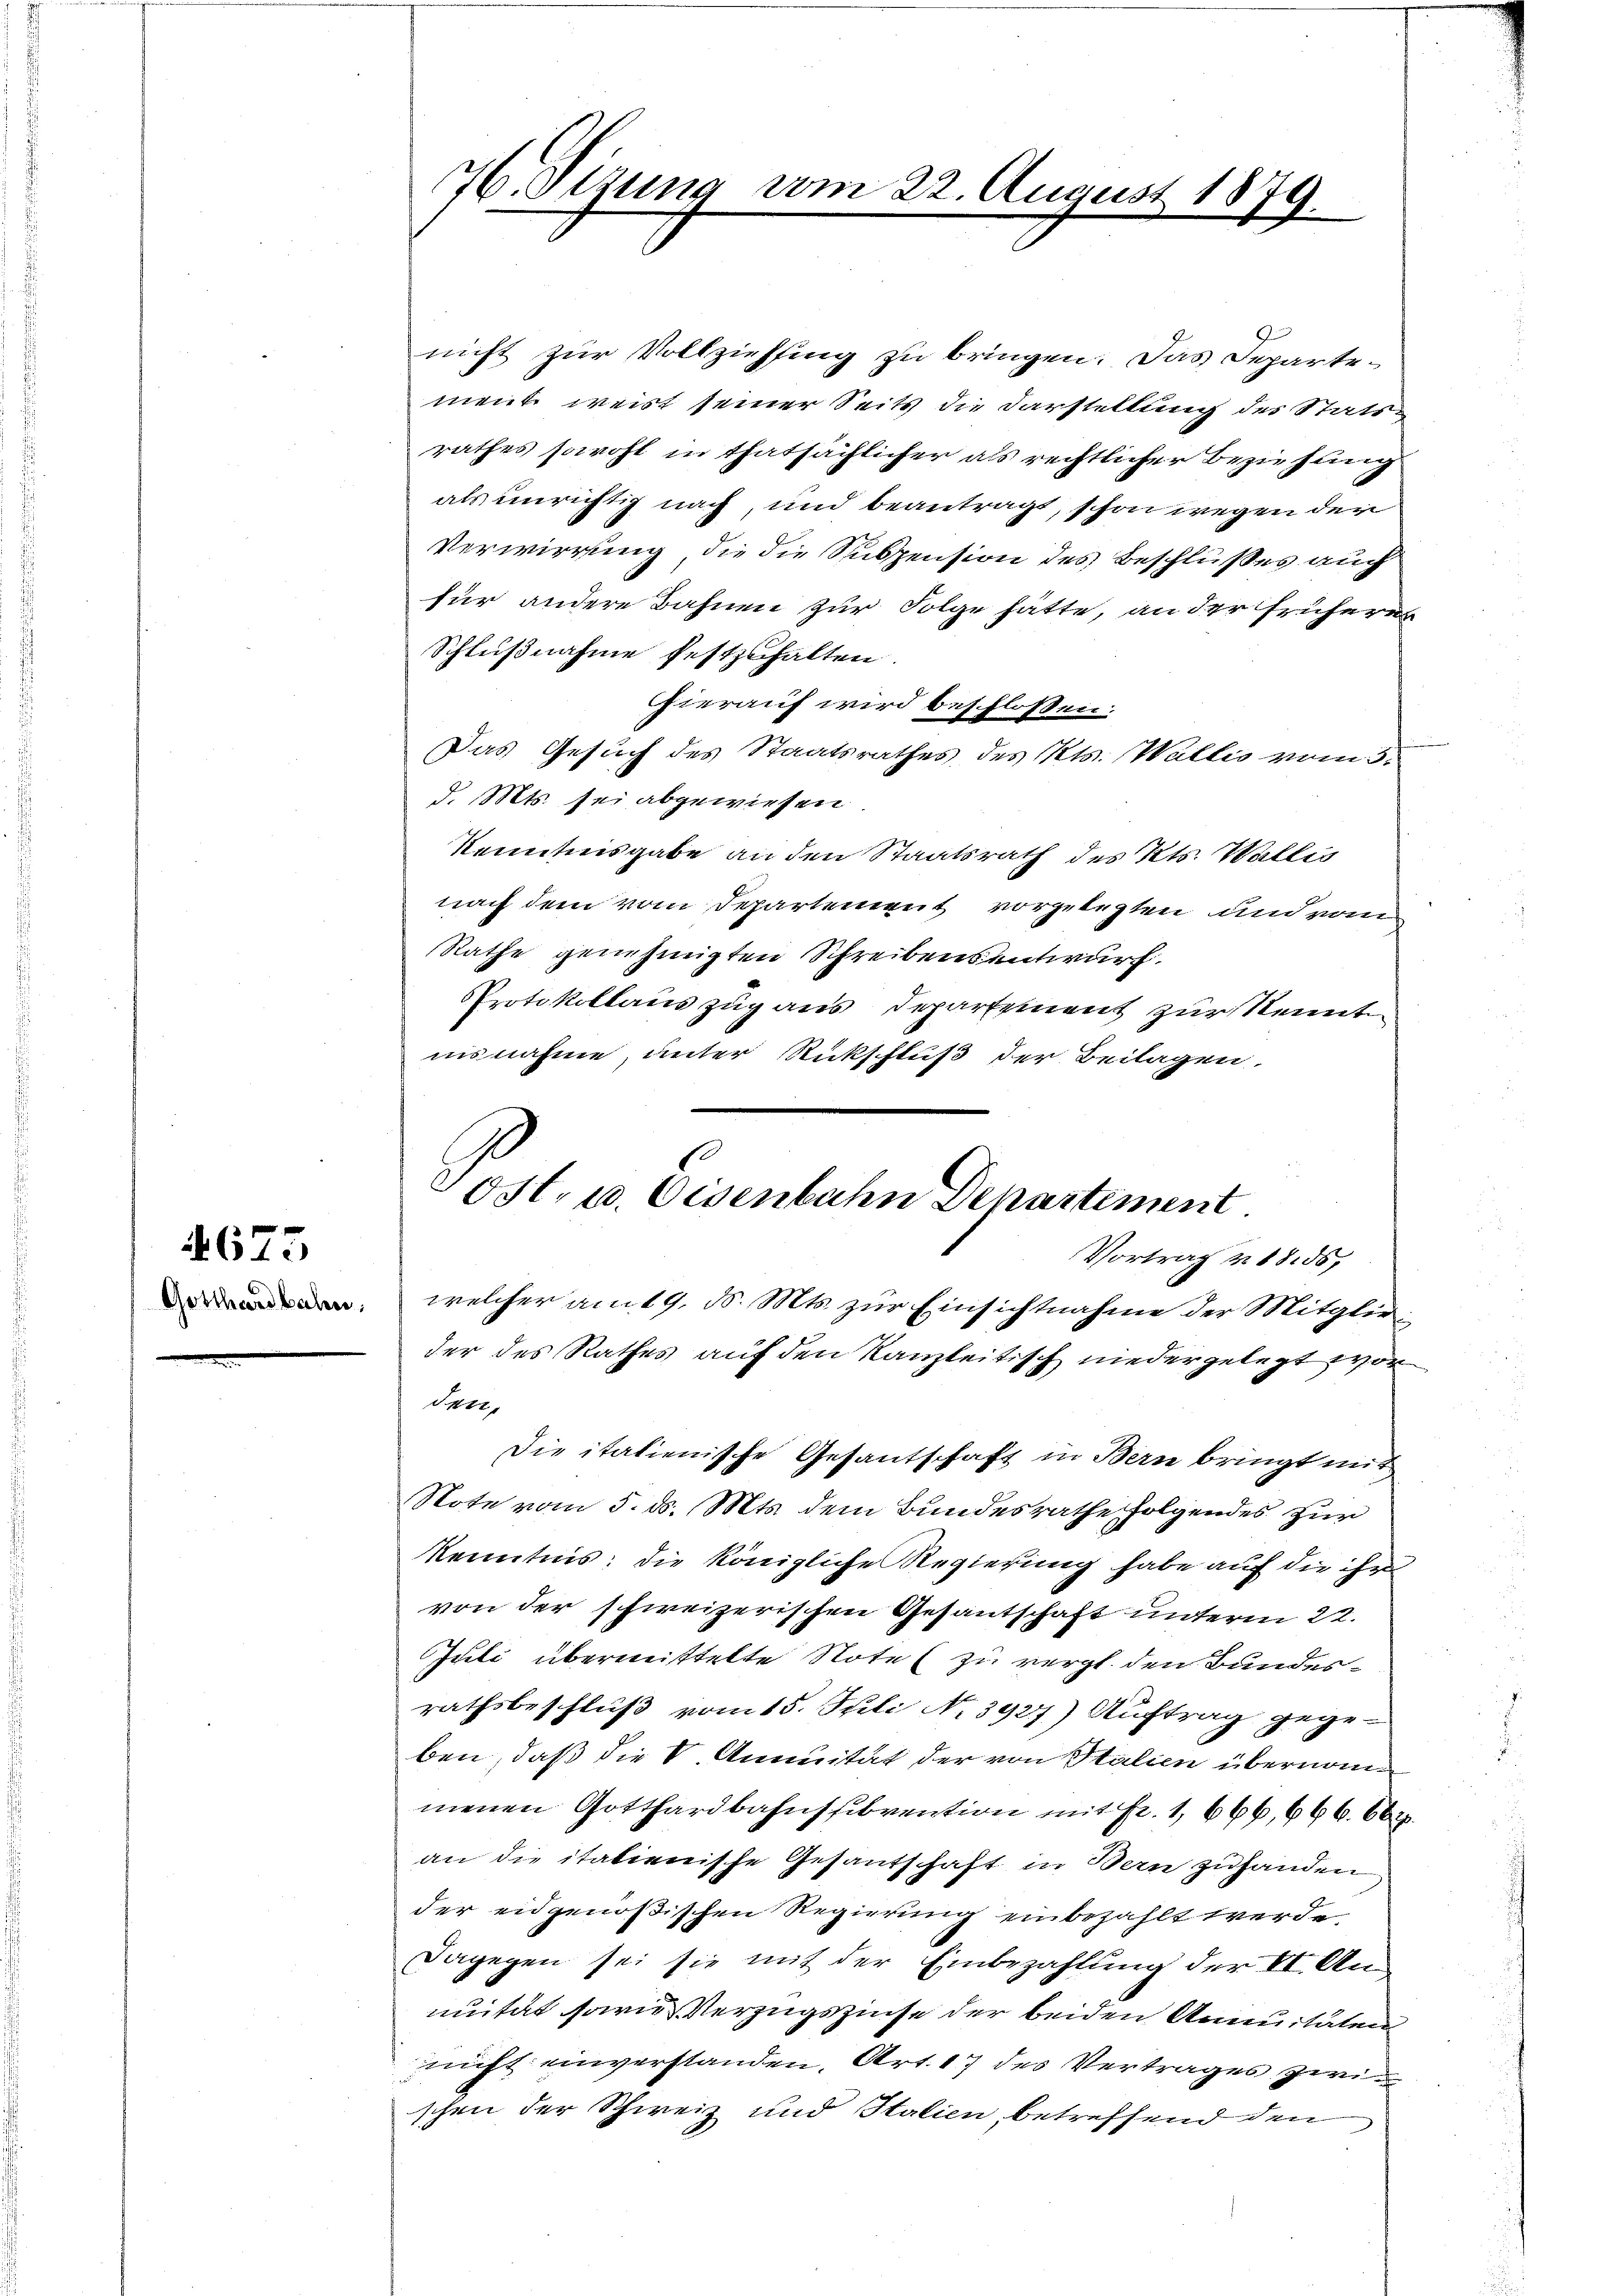
Gotthardbahn.

4675

76. Sizung vom 22. August 1879.

nicht zur Vollziehung zu bringen. Das Departement weist seiner Seits die Darstellung des Statsrathes sowohl in thatsächlicher als rechtlicher Beziehung
als unrichtig nach, und beantragt, schon wegen der
Verwirrung, die die Suspension des Beschlußes auch
für andere Bahnen zur Folge hätte, an der frühere
Schlußnahme festzuhalten
hierauf wird beschlossen:
Das Gesuch des Staatsrathes des Kts. Wallis vom 3.
d. Mts. sei abgewiesen.
Kenntnisgabe an den Staatsrath des Kts. Wallis
nach dem vom Departement vorgelegten und vom
Rathe genehmigten Schreibensentwurf.
Protokollaus zug aus Departement zur Kennt
nisnahme, unter Rückschluß der Beilagen,
welcher am 19. d. Mts. zur Einsichtnahme der Mitglieder des Rathes auf den Kanzleitisch niedergelegt worden,
Die italienische Gesantschaft in Bern bringt mit
Note vom 5. ds. Mts. dem Bundesrathe folgendes zur
Kenntnis: die königliche Regierung habe auf die ihr
von der schweizerischen Gesantschaft unterm 22.
Juli übermittelte Notel zu vergl. den Bundesrathsbeschluß vom 15. Stili No 3927) Auftrag gegeben, daß die V. Annität der von Stalien übernommenen Gotthardbahnshibvention mit Fr. 1, 666, 666. 662.
an die italienische Gesantschaft in Bern zuhanden
der eidgenößischen Regierung einbezahlt werde
Dagegen sei sie mit der Einbezahlung der II. Annuität sowie Verzugszinse der beiden Annuitäten
nicht einverstanden, Art. 17 des Vertrages zwischen der Schweiz und Italien, betreffend den

Cost, u. Eisenbahn Departement.
Vortrag v. 1856,